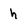
Character: h